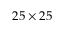
2 5 \times 2 5